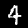
Digit: 4